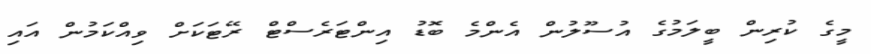
މީގެ ކުރިން ބީލަމުގެ އުސޫލުން އެންމެ ބޮޑު އިންޓަރެސްޓް ރޭޓަކަށް ވިއްކަމުން އައި